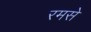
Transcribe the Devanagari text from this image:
रमसे